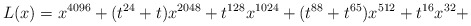
\begin{align*}L(x)=x^{4096} + (t^{24} + t)x^{2048} + t^{128}x^{1024} + (t^{88} + t^{65})x^{512} + t^{16}x^{32} +\end{align*}